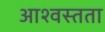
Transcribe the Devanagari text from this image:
आश्वस्तता